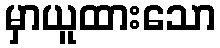
မှာယူထားသော